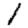
Digit: 1